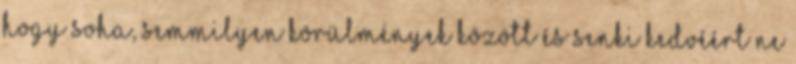
hogy soha, semmilyen körülmények között és senki kedvéért ne